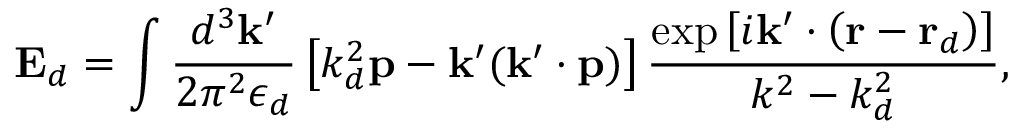
\mathbf { E } _ { d } = \int \frac { d ^ { 3 } \mathbf { k } ^ { \prime } } { 2 \pi ^ { 2 } \epsilon _ { d } } \left[ k _ { d } ^ { 2 } \mathbf { p } - \mathbf { k } ^ { \prime } ( \mathbf { k } ^ { \prime } \cdot \mathbf { p } ) \right] \frac { \exp \left[ i \mathbf { k } ^ { \prime } \cdot \left( \mathbf { r } - \mathbf { r } _ { d } \right) \right] } { k ^ { 2 } - k _ { d } ^ { 2 } } ,